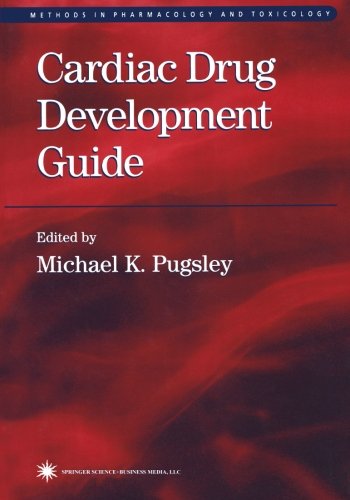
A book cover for Cardiac Drug Development Guide (Methods in Pharmacology and Toxicology); Medical Books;